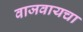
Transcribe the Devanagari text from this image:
वाजवायचा